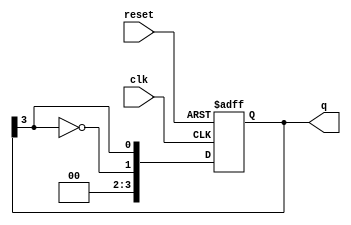
module johnson_counter #(parameter n = 4) (
    input wire clk,         // Clock input
    input wire reset,       // Asynchronous reset
    output reg [n-1:0] q    // Output state of the counter
);

// Sequential logic for the Johnson Counter
always @(posedge clk or posedge reset) begin
    if (reset) begin
        // Reset the counter to 0
        q <= 0;
    end else begin
        // Johnson counter logic: Shift right and feed back inverted last output
        q <= {~q[n-1], q[n-1:n-1]}; // Shift and feedback the inverted last bit
    end
end

endmodule